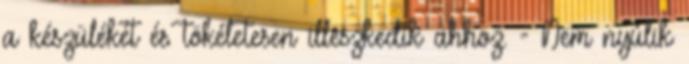
a készülékét és tökéletesen illeszkedik ahhoz. - Nem nyúlik